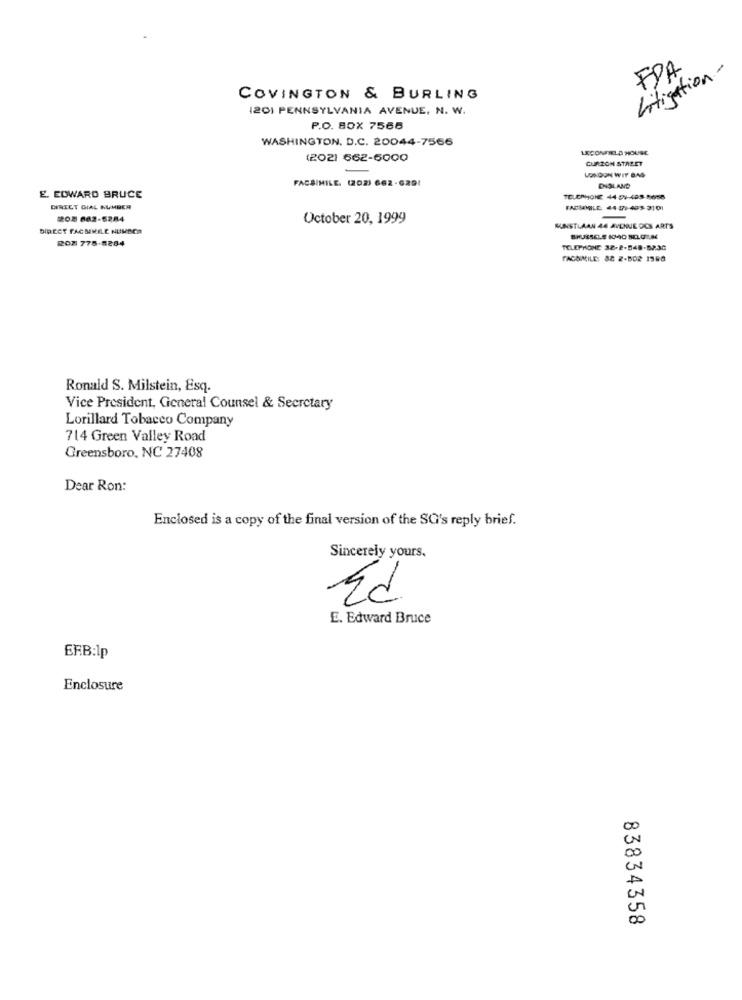
FRA
Litigation-
COVINGTON & BURLING
120) PENNSYLVANIA AVENUE, N. W.
P.O. BOX 7566
WASHINGTON, D.C. 20044-7566
LECONFEC A HOUSE
(202) 662-6000
CURZON STARET
FACSIMILE. (202) 662-6291
LONDON WIT BAS
ENGLAND
E. EDWARD BRUCE
DIRECT DIAL NUMBER
FACSIMILE 44 171-493- 3101
208 662-5284
October 20, 1999
DIRECT FACSIMILE NUMBER
KUNSTLAAN 44 AVENUE DES ARTS
202 775-8284
TELEPHONE 32-2-548-8230
FACSIMILE: 88 2-8D2 1988
Ronald S. Milstein, Esq.
Vice President, General Counsel & Secretary
Lorillard Tobacco Company
714 Green Valley Road
Greensboro, NC 27408
Dear Ron:
Enclosed is a copy of the final version of the SG's reply brief.
Sincerely yours.
E. Edward Bruce
ERB:1p
Enclosure
83834358